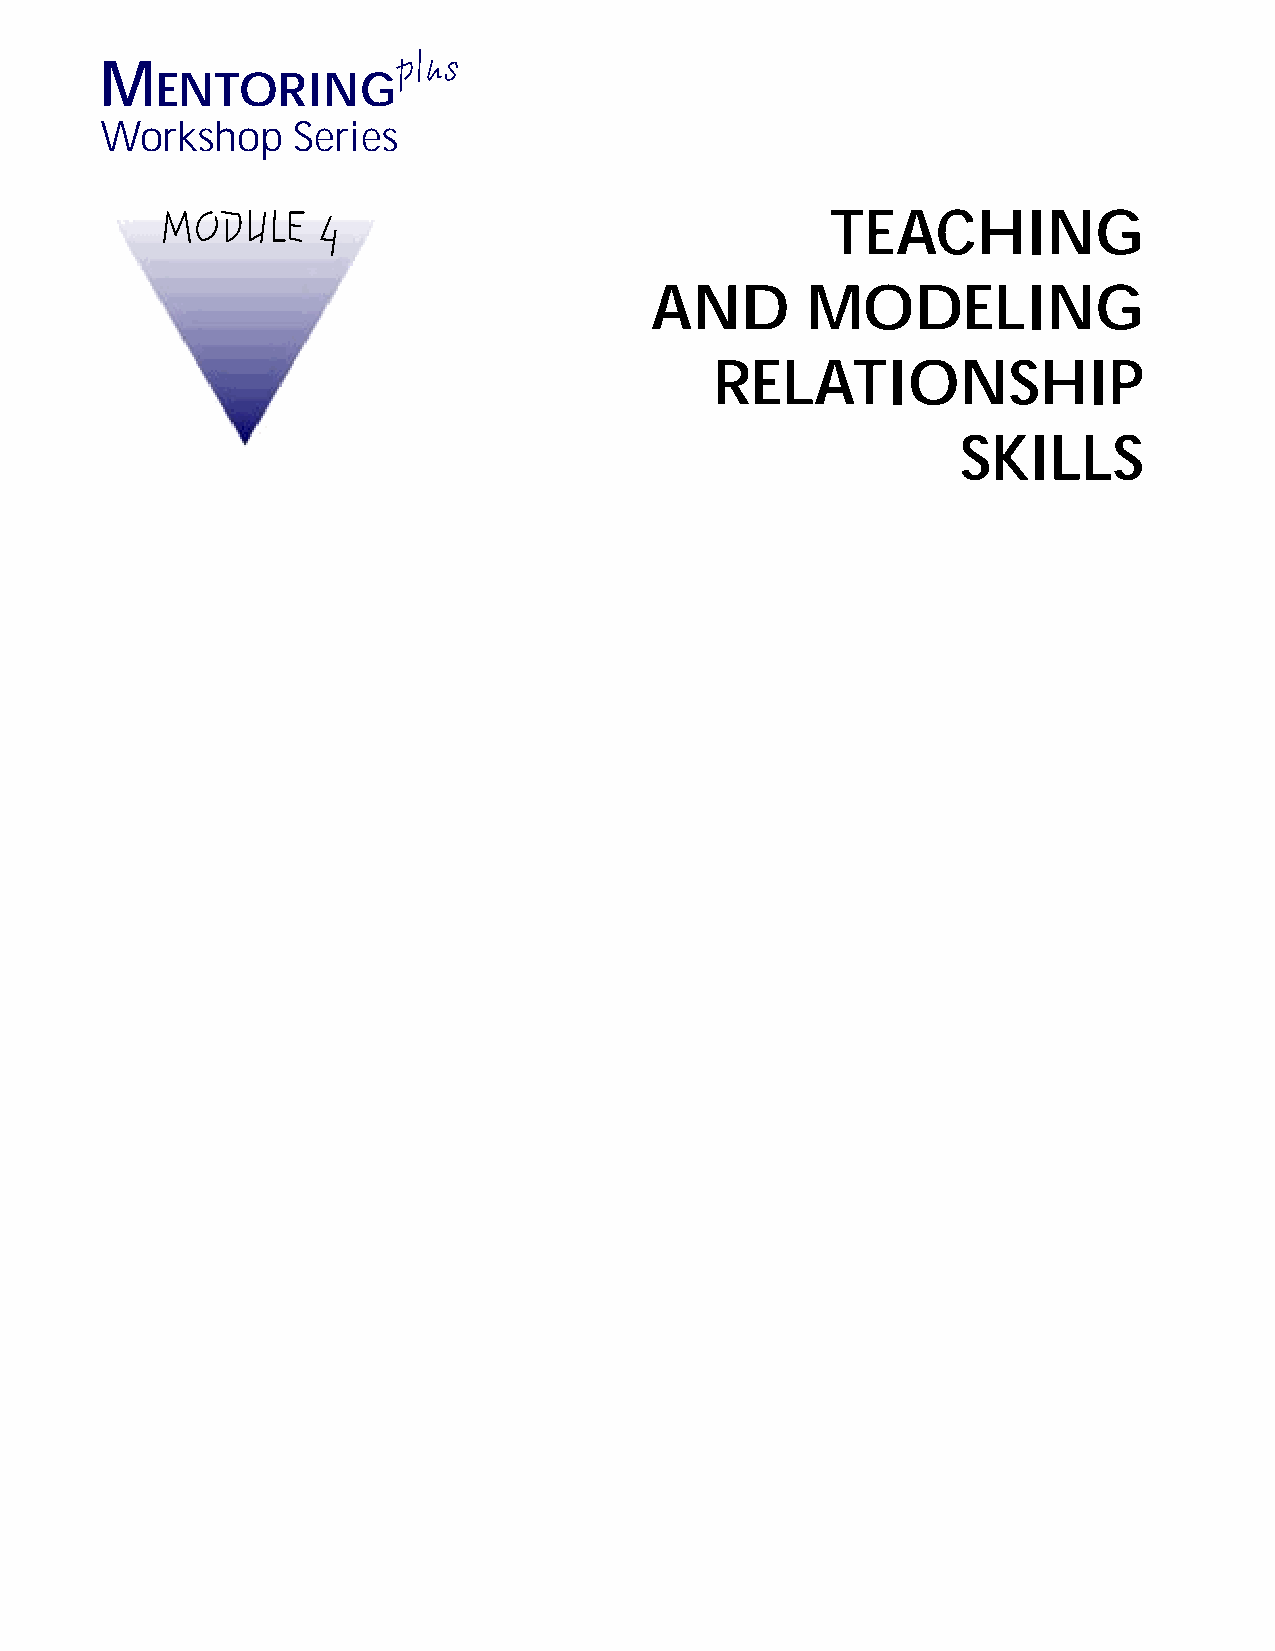
plus
 M
 ENTORING
 Workshop    Series
 MODULE    4                                 TEACHING
 AND       MODELING
 RELATIONSHIP
 SKILLS